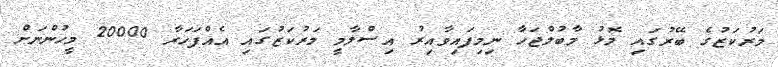
މަރުކަޒުގެ ބޭރުގައި މޮޅު މާބުލްޖަހާ ނިމިފައިވާއިރު އިސްލާމީ މަރުކަޒުގައި އެއްފަހަރާ 20000 މީހުންނަށް